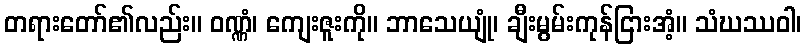
တရားတော်၏လည်း။ ဝဏ္ဏံ၊ ကျေးဇူးကို။ ဘာသေယျုံ၊ ချီးမွမ်းကုန်ငြားအံ့။ သံဃဿဝါ၊